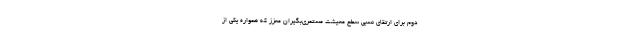
دوم برای ارتقای نسبی سطح معیشت مستمری‌بگیران معزز که همواره یکی از